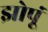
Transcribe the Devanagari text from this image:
झोपूं